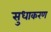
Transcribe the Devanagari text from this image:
सुधाकरण